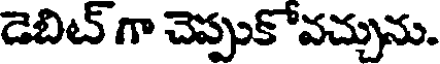
డెబిట్ గా చెప్పుకోవచ్చును.